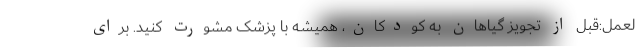
لعمل:قبل از تجویز گیاهان به کودکان، همیشه با پزشک مشورت کنید. برای